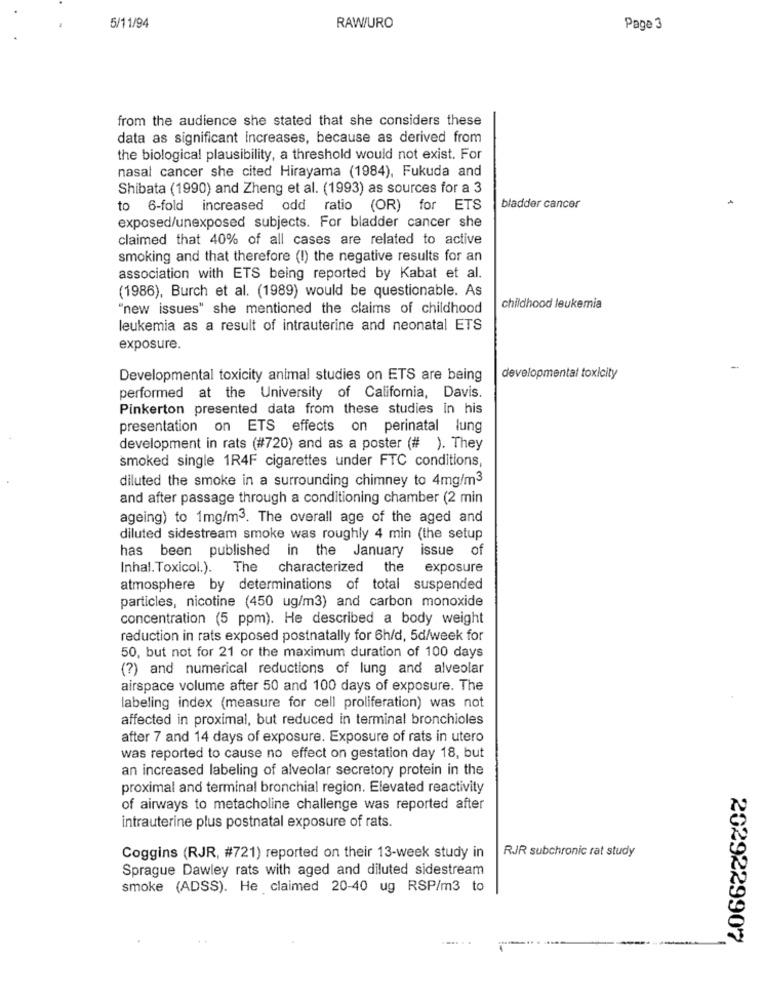
5/11/94
RAW/URO
Page 3
from the audience she stated that she considers these
data as significant increases, because as derived from
the biological plausibility, a threshold would not exist. For
nasal cancer she cited Hirayama (1984), Fukuda and
Shibata (1990) and Zheng et al. (1993) as sources for a 3
to 6-fold increased odd ratio (OR) for ETS
bladder cancer
exposed/unexposed subjects. For bladder cancer she
claimed that 40% of all cases are related to active
smoking and that therefore (I) the negative results for an
association with ETS being reported by Kabat et al.
(1986), Burch et al. (1989) would be questionable. As
"new issues" she mentioned the claims of childhood
childhood leukemia
leukemia as a result of intrauterine and neonatal ETS
exposure.
Developmental toxicity animal studies on ETS are being
developmental toxicity
performed at the University of California, Davis.
Pinkerton presented data from these studies in his
presentation on ETS effects on perinatal lung
development in rats (#720) and as a poster (# ). They
smoked single 1R4F cigarettes under FTC conditions,
diluted the smoke in a surrounding chimney to 4mg/m3
and after passage through a conditioning chamber (2 min
ageing) to 1mg/m3. The overall age of the aged and
diluted sidestream smoke was roughly 4 min (the setup
has been published in the January issue of
Inhal. Toxicol.).
The characterized the exposure
atmosphere by determinations of total suspended
particles, nicotine (450 ug/m3) and carbon monoxide
concentration (5 ppm). He described a body weight
reduction in rats exposed postnatally for 6h/d, 5d/week for
50, but not for 21 or the maximum duration of 100 days
(?) and numerical reductions of lung and alveolar
airspace volume after 50 and 100 days of exposure. The
labeling index (measure for cell proliferation) was not
affected in proximal, but reduced in terminal bronchioles
after 7 and 14 days of exposure. Exposure of rats in utero
was reported to cause no effect on gestation day 18, but
an increased labeling of alveolar secretory protein in the
proximal and terminal bronchial region. Elevated reactivity
of airways to metacholine challenge was reported after
intrauterine plus postnatal exposure of rats.
RJR subchronic rat study
Coggins (RJR, #721) reported on their 13-week study in
Sprague Dawley rats with aged and diluted sidestream
smoke (ADSS). He claimed 20-40 ug RSP/m3 to
.... ..
2029229907